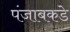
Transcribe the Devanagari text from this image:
पंजाबकडे